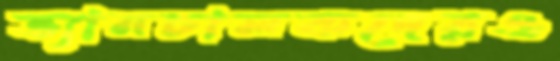
ভ্যানচালকদেরও